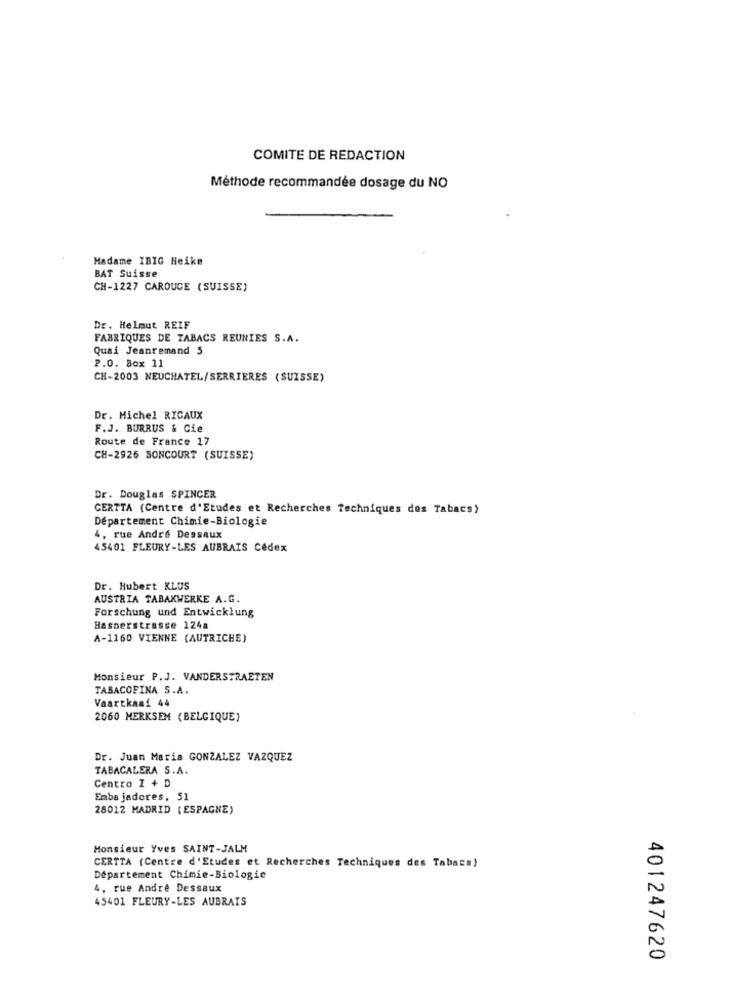
COMITE DE REDACTION
Méthode recommandée dosage du NO
Madame IBIG Heike
BAT Suisse
CH-1227 CAROUGE (SUISSE)
Dr. Helmut REIF
FABRIQUES DE TABACS REUNIES S.A.
Quai Jeanremand 5
P.O. Box 11
CH-2003 NEUCHATEL/SERRIERES (SUISSE)
Dr. Michel RIGAUX
F.J. BURRUS & Cie
Route de France 17
CH-2926 BONCOURT (SUISSE)
Dr. Douglas SPINCER
CERTTA (Centre d'Etudes et Recherches Techniques des Tabacs)
Département Chimie-Biologie
4, rue André Dessaux
45401 FLEURY-LES AUBRAIS Cedex
Dr. Hubert KLUS
AUSTRIA TABAKWERKE A.G.
Forschung und Entwicklung
Hasnerstrasse 124a
A-1160 VIENNE (AUTRICHE)
Monsieur P.J. VANDERSTRAETEN
TABACOFINA S.A.
Vaartkaaf 44
2060 MERKSEM (BELGIQUE)
Dr. Juan Maria GONZALEZ VAZQUEZ
TABACALERA S.A.
Centro I + D
Embajadores, 51
28012 MADRID (ESPAGNE)
Monsieur Yves SAINT-JALM
CERTTA (Centre d'Etudes et Recherches Techniques des Tabacs)
Departement Chimie-Biologie
4, rue André Dessaux
45401 FLEURY-LES AUBRAIS
401247620